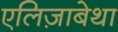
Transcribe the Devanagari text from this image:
एलिज़ाबेथा